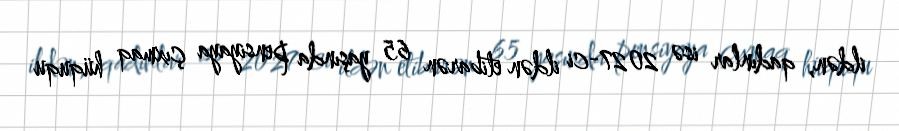
ildən, qadınlar isə 2027-ci ildən etibarən 65 yaşında pensiyaya çıxmaq hüququ